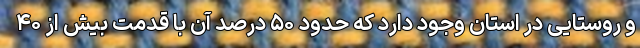
و روستایی در استان وجود دارد که حدود ۵۰ درصد آن با قدمت بیش از ۴۰